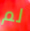
لم